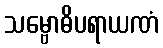
သမ္ဗောဓိပရာယဏံ